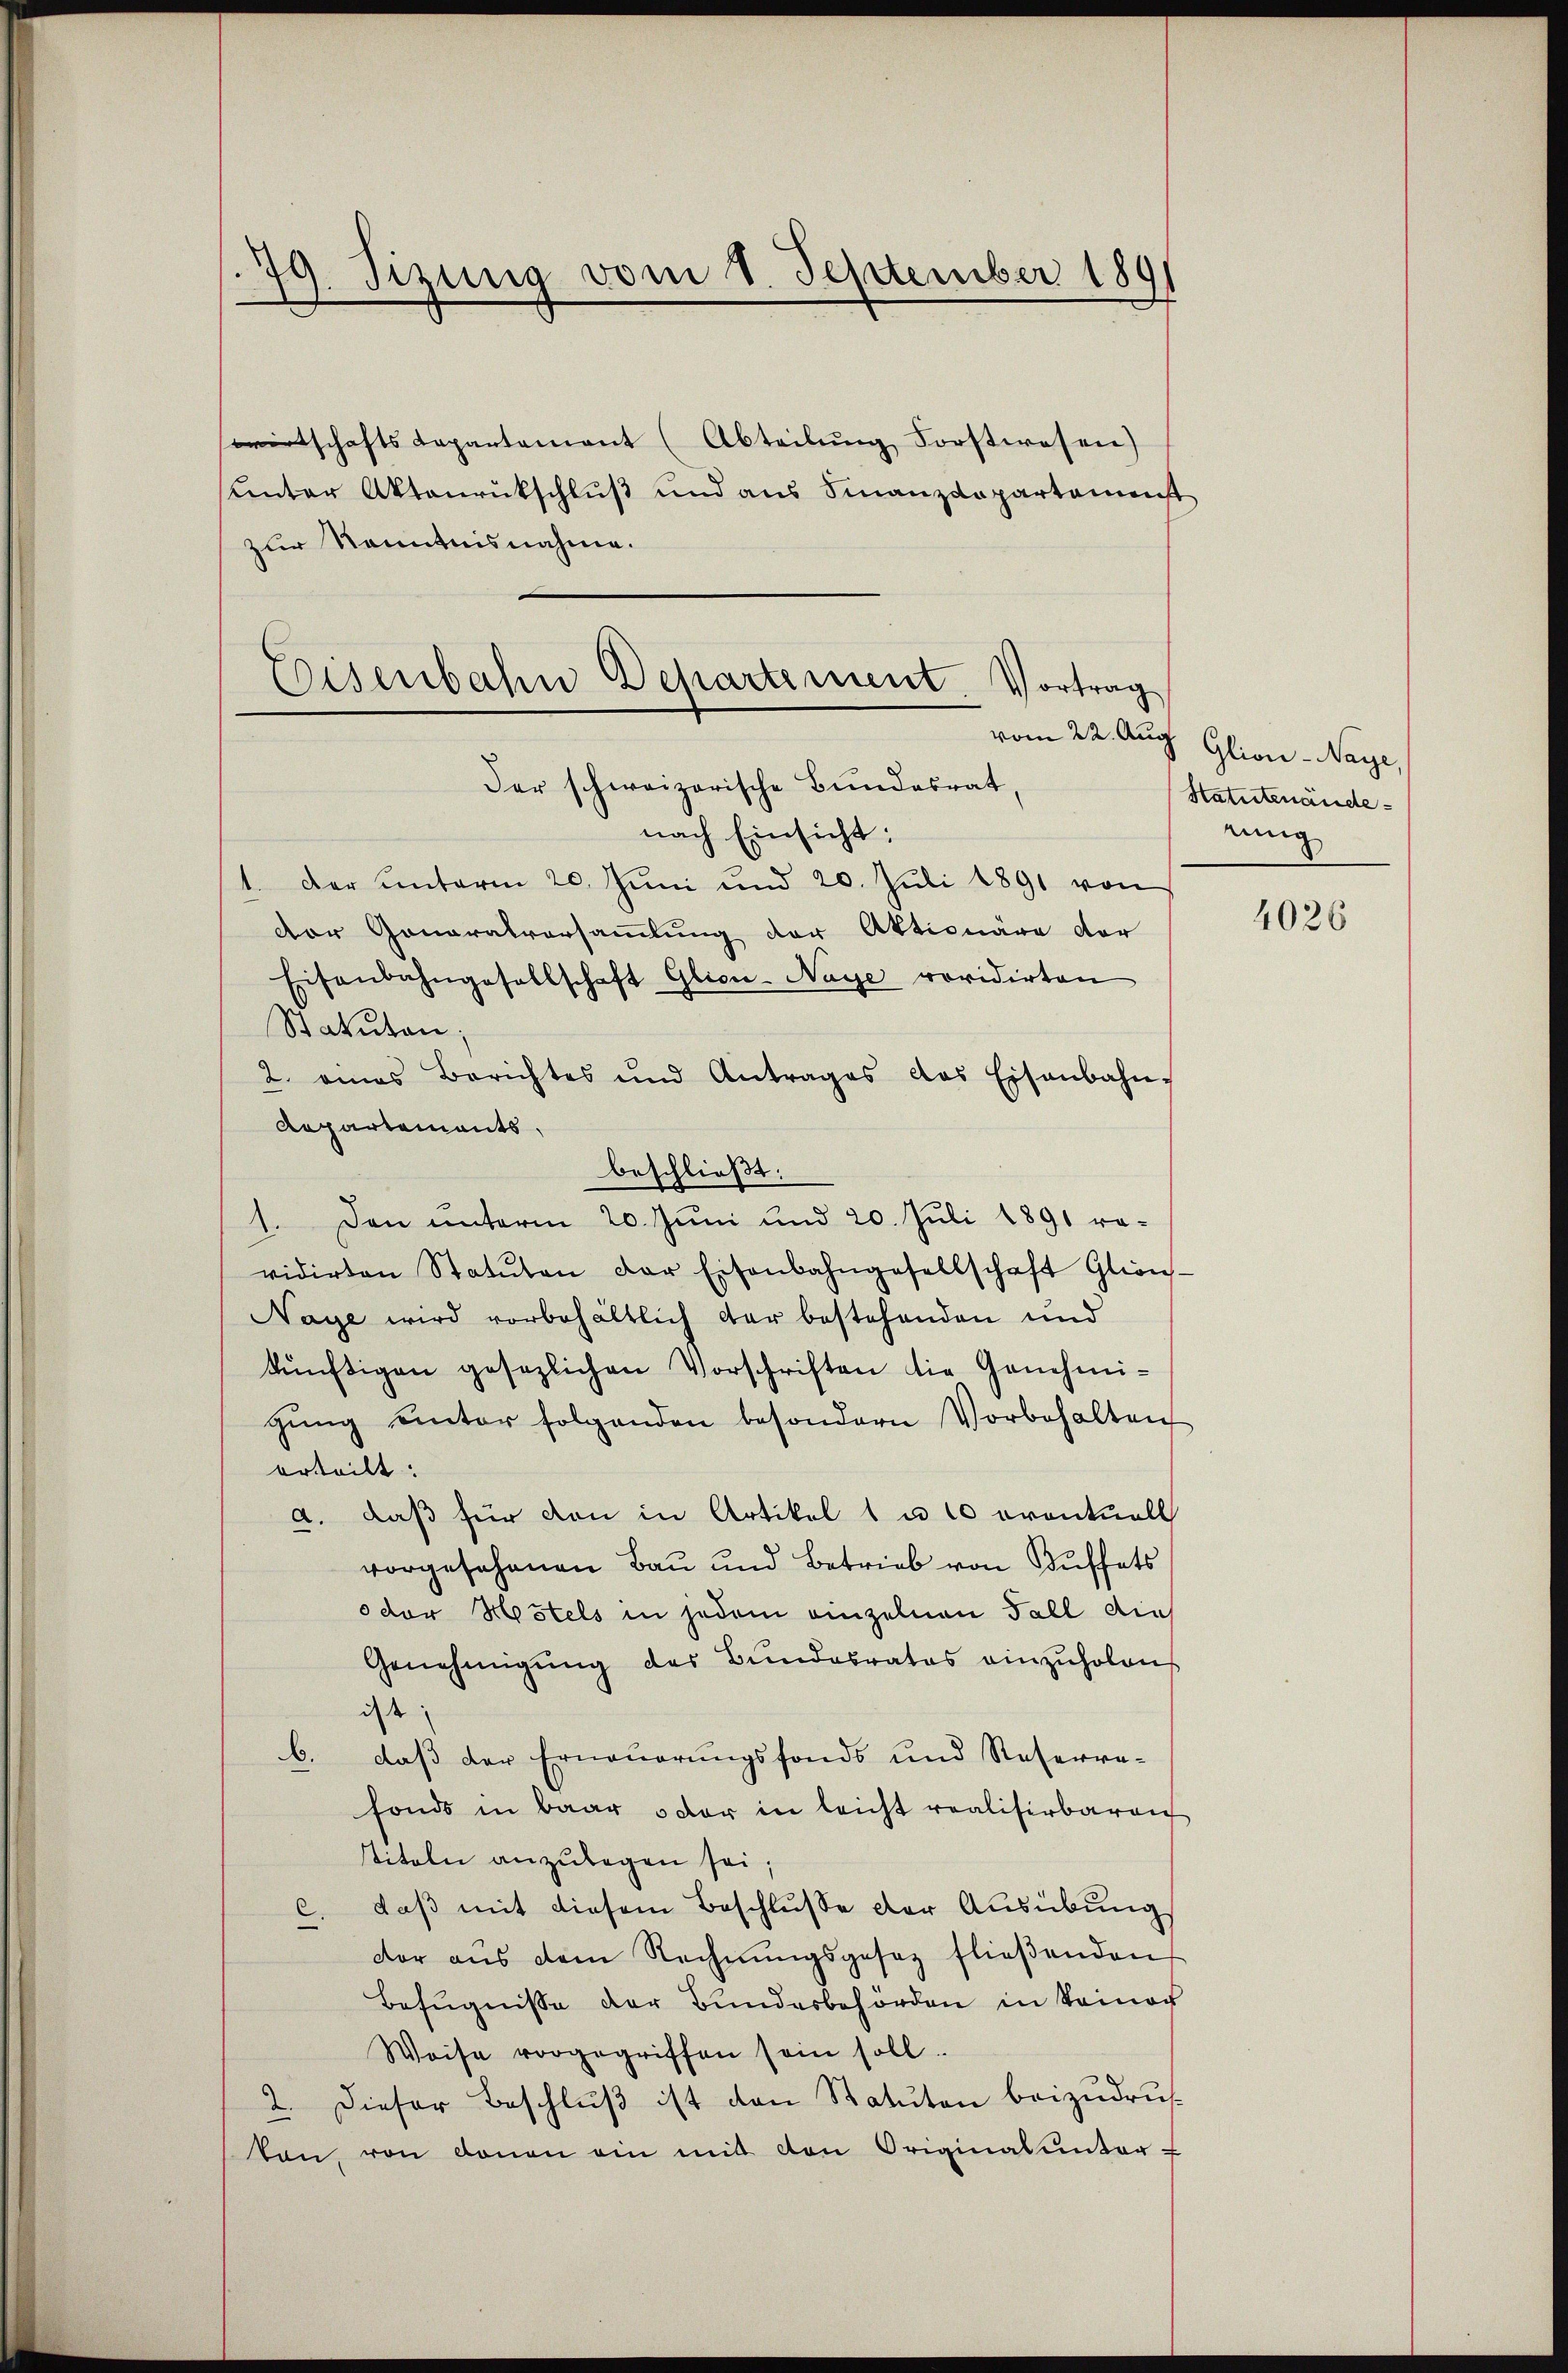
19. Sizung vom 1. September 189

wirtschafts Repartement (Abteilung Forstwesen)
unter Aktenrückschluß und aus Finanzdepartamenst
zur Kenntnisnahme.

Eisenbahn Departement. Vortrag

Der schweizerische Bundesrat,
nach Einsicht:
1. Der ŭnterm 20. Jŭni und 20. Jŭli 1891 von
dor Generalversammlung der Aktionäre der
Eisenbahngesellschaft Glicn-Naye revidirten
Statuten.
2. eines Berichtes und Antrages das Eisenbahn-
Repartements,
beschließt:
1. Den unterm 20. Juni und 20. Juli 1891 re-
vidirten Statuten der Eisenbahngesellschaft Gleich-
Naye wird vorbehältlich der bestehenden und
künftigen gesezlichen Vorschriften die Genehmi-
gŭng unter folgenden besondern Vorbehalten
erteilt.
a. daß für von in Artikel 1 u 10 eventuell
vorgesehenen Bau und Betrieb von Buffets
odor Hustels in jedem einzelnen Fall die
Genehmigŭng des Bundesrates einzŭholens
ist
b. daβ der Erneuerungsfonds und Reserre-
fonds in baar oder in leicht realisirbaren
stiteln anzulegen sei;
c. daβ mit diesem Beschluße der Ausübung
dor aŭs dem Rechnŭngsgesez flieβenden
Befugnisse der Bundesbehörden in keiner
Weise vorgegriffen sein soll.
2. Dieser Beschlŭβ ist den Statuten beizŭdruk
ton, von donan ein mit den Originalunter-

vom 22. Aug. Glion-Naye
Htatutenändering

4026